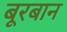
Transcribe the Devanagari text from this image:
बूरबान